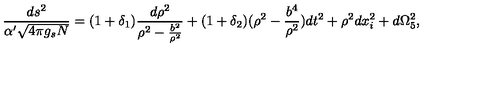
\frac { d s ^ { 2 } } { \alpha ^ { \prime } \sqrt { 4 \pi g _ { s } N } } = ( 1 + \delta _ { 1 } ) \frac { d \rho ^ { 2 } } { \rho ^ { 2 } - \frac { b ^ { 2 } } { \rho ^ { 2 } } } + ( 1 + \delta _ { 2 } ) ( \rho ^ { 2 } - \frac { b ^ { 4 } } { \rho ^ { 2 } } ) d t ^ { 2 } + \rho ^ { 2 } d x _ { i } ^ { 2 } + d \Omega _ { 5 } ^ { 2 } ,